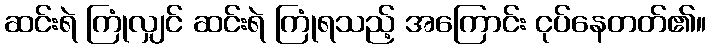
ဆင်းရဲ ကြုံလျှင် ဆင်းရဲ ကြုံရသည့် အကြောင်း ငုပ်နေတတ်၏။